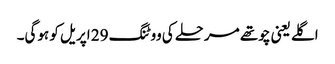
اگلے یعنی چوتھے مرحلے کی ووٹنگ 29 اپریل کو ہوگی۔